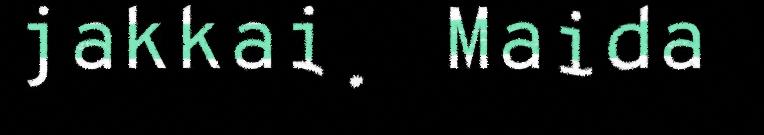
jakkai. Maida